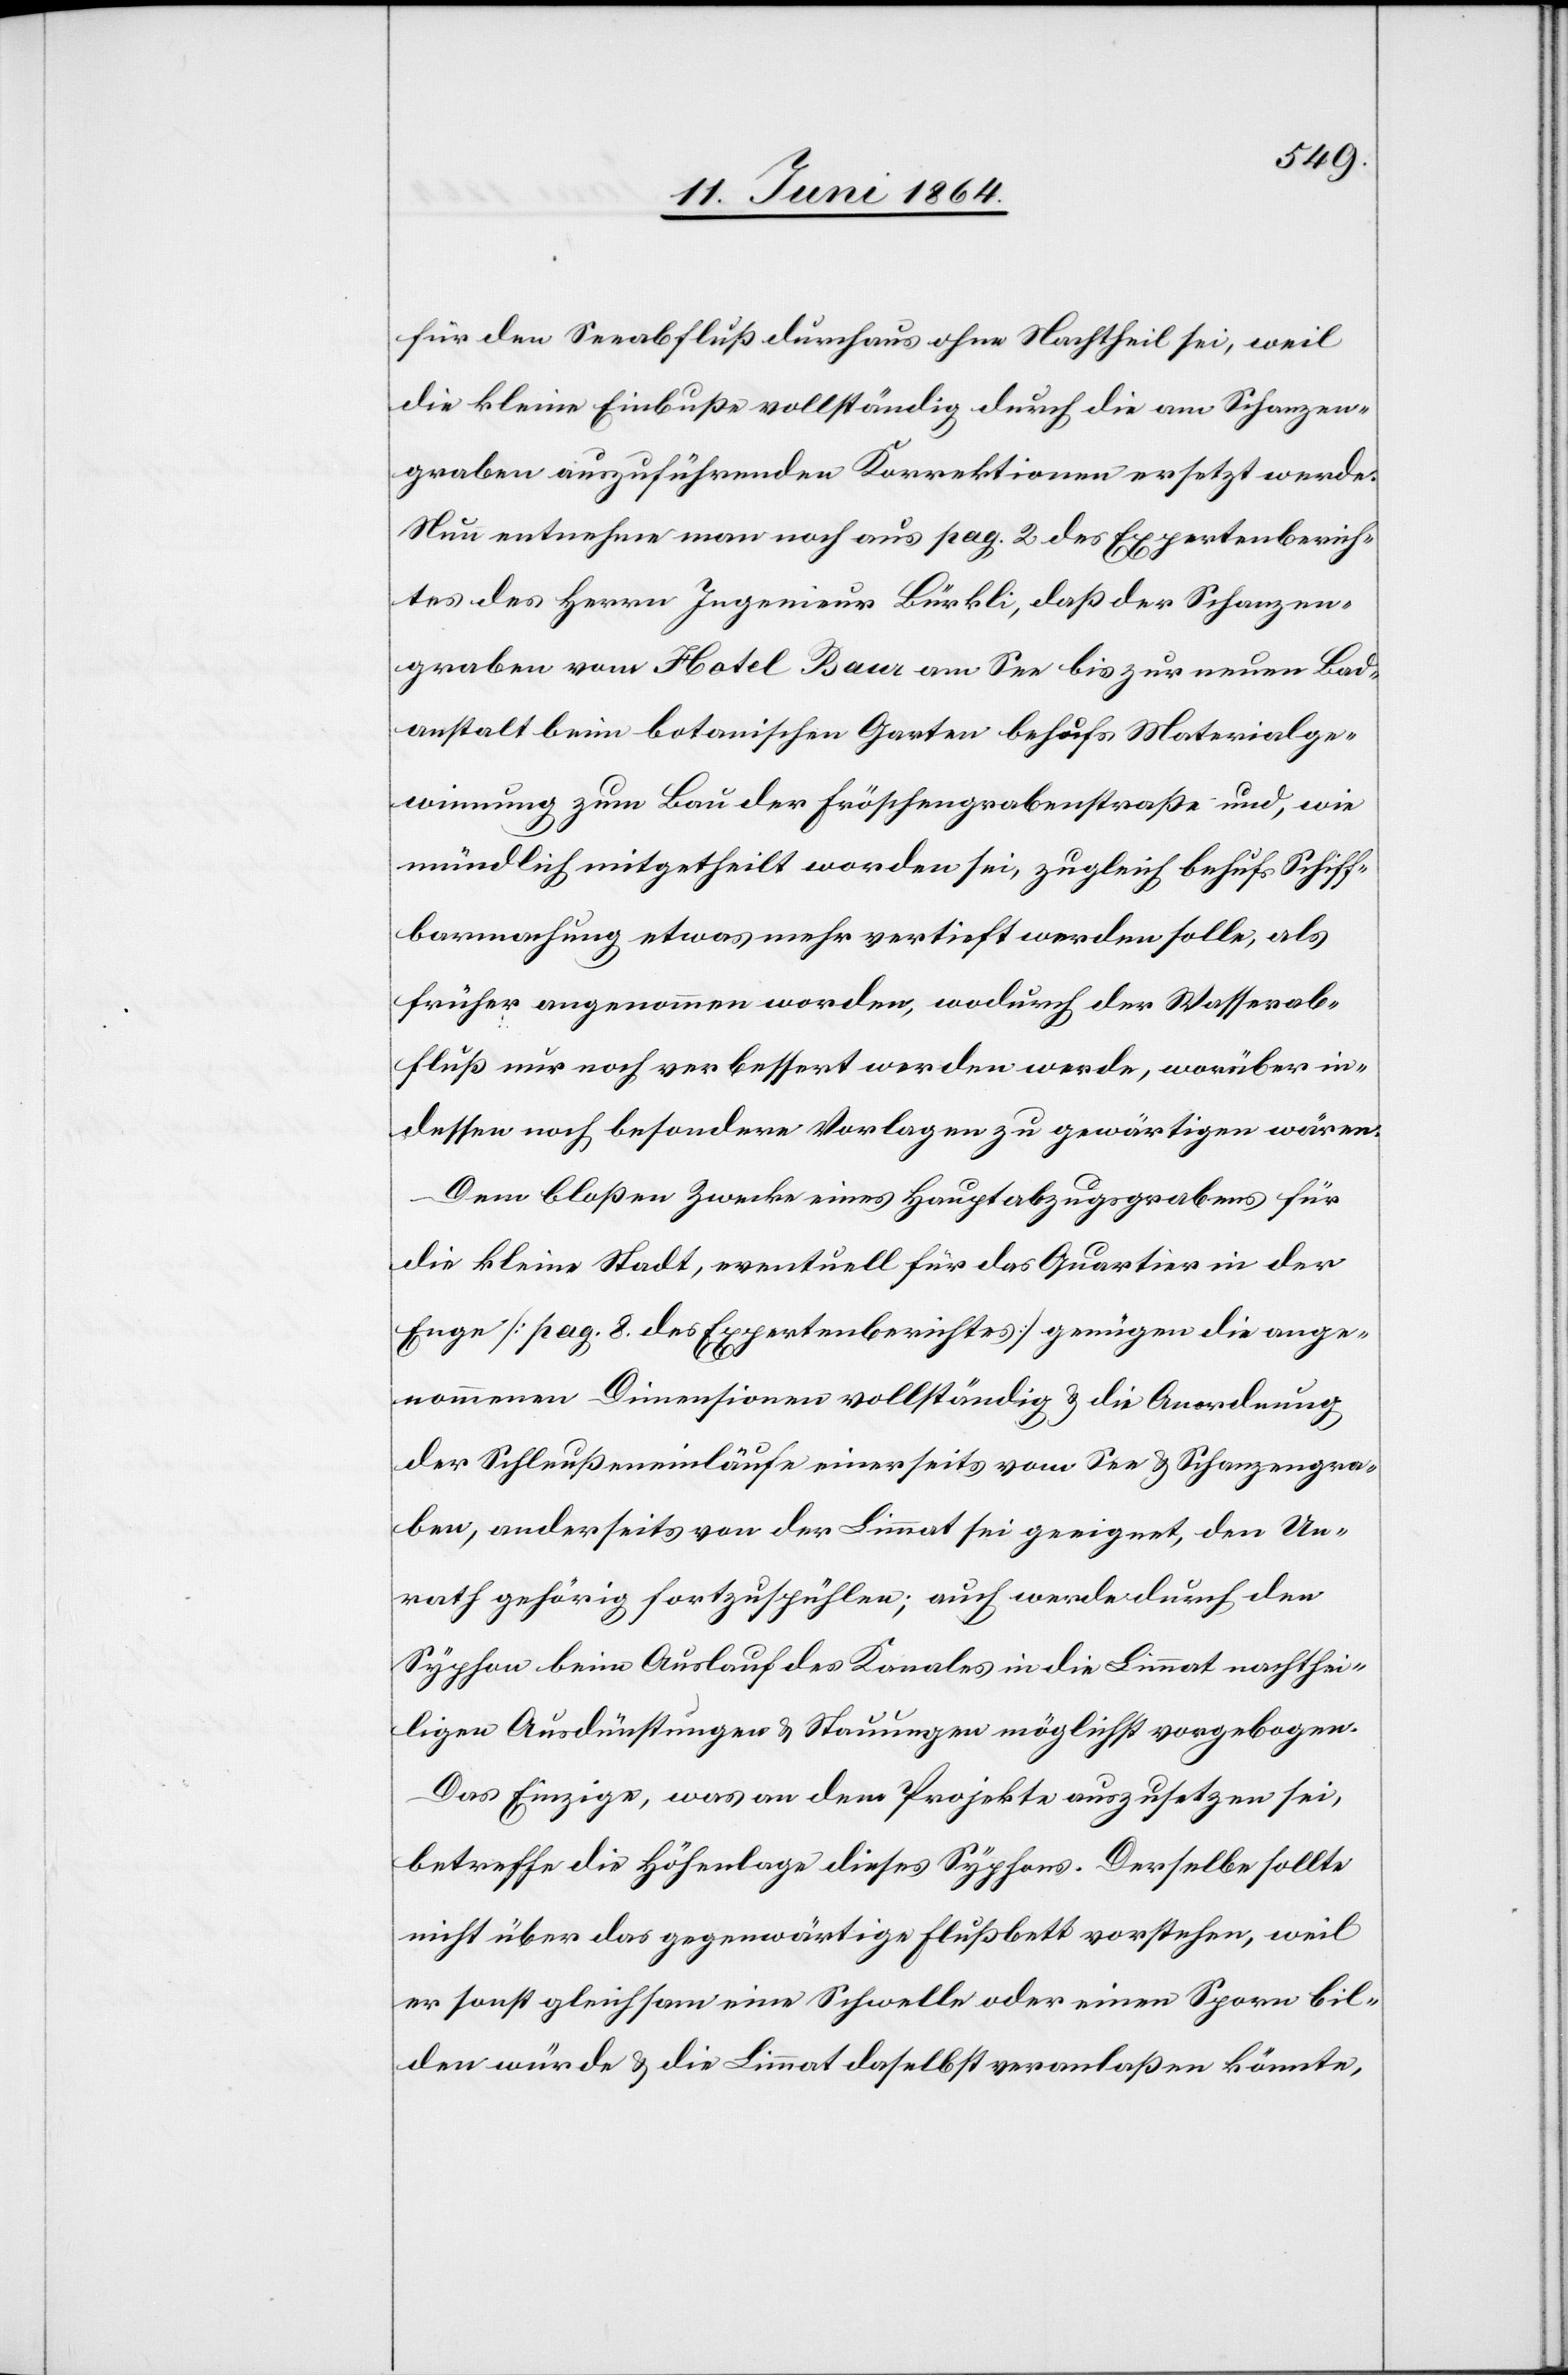
für den Seeabfluß durchaus ohne Nachtheil sei, weil
die kleine Einbuße vollständig durch die am Schanzen¬
graben auszuführenden Korrektionen ersetzt werde.
Nun entnehme man noch aus pag. 2 des Expertenberich¬
tes des Herrn Ingenieur Bürkli, daß der Schanzen¬
graben vom Hotel Baur am See bis zur neuen Bad¬
anstalt beim botanischen Garten behufs Materialge¬
winnung zum Bau der Fröschengrabenstraße und, wie
mündlich mitgetheilt worden sei, zugleich behufs Schiff¬
barmachung etwas mehr vertieft werden solle, als
früher angenommen worden, wodurch der Wasserab¬
fluß nur noch verbessert werden werde, worüber in¬
dessen noch besondere Vorlagen zu gewärtigen wären.
Dem bloßen Zwecke eines Hauptabzugsgrabens für
die kleine Stadt, eventuell für das Quartier in der
Enge [pag. 8. des Expertenberichtes] genügen die ange¬
nommenen Dimensionen vollständig u. die Anordnung
der Schleußeneinläufe einerseits vom See u. Schanzengra¬
ben, anderseits von der Limmat sei geeignet, den Un¬
rath gehörig fortzuspühlen; auch werde durch den
Syphon beim Auslauf des Kanales in die Limmat nachthei¬
ligen Ausdünstungen u. Stauungen möglichst vorgebogen.
Das Einzige, was an dem Projekte auszusetzen sei,
betreffe die Höhenlage dieses Syphons. Derselbe sollte
nicht über das gegenwärtige Flußbett vorstehen, weil
er sonst gleichsam eine Schwelle oder einen Sporn bil¬
den würde u. die Limmat daselbst veranlaßen könnte,